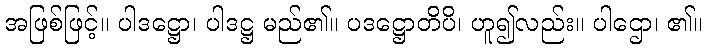
အဖြစ်ဖြင့်။ ပါဒဋ္ဌော၊ ပါဒဋ္ဌ မည်၏။ ပဒဋ္ဌောတိပိ၊ ဟူ၍လည်း။ ပါဌော၊ ၏။